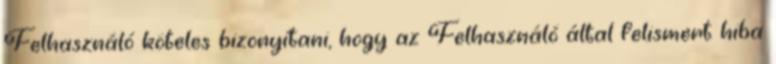
Felhasználó köteles bizonyítani, hogy az Felhasználó által felismert hiba